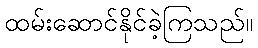
ထမ်းဆောင်နိုင်ခဲ့ကြသည်။